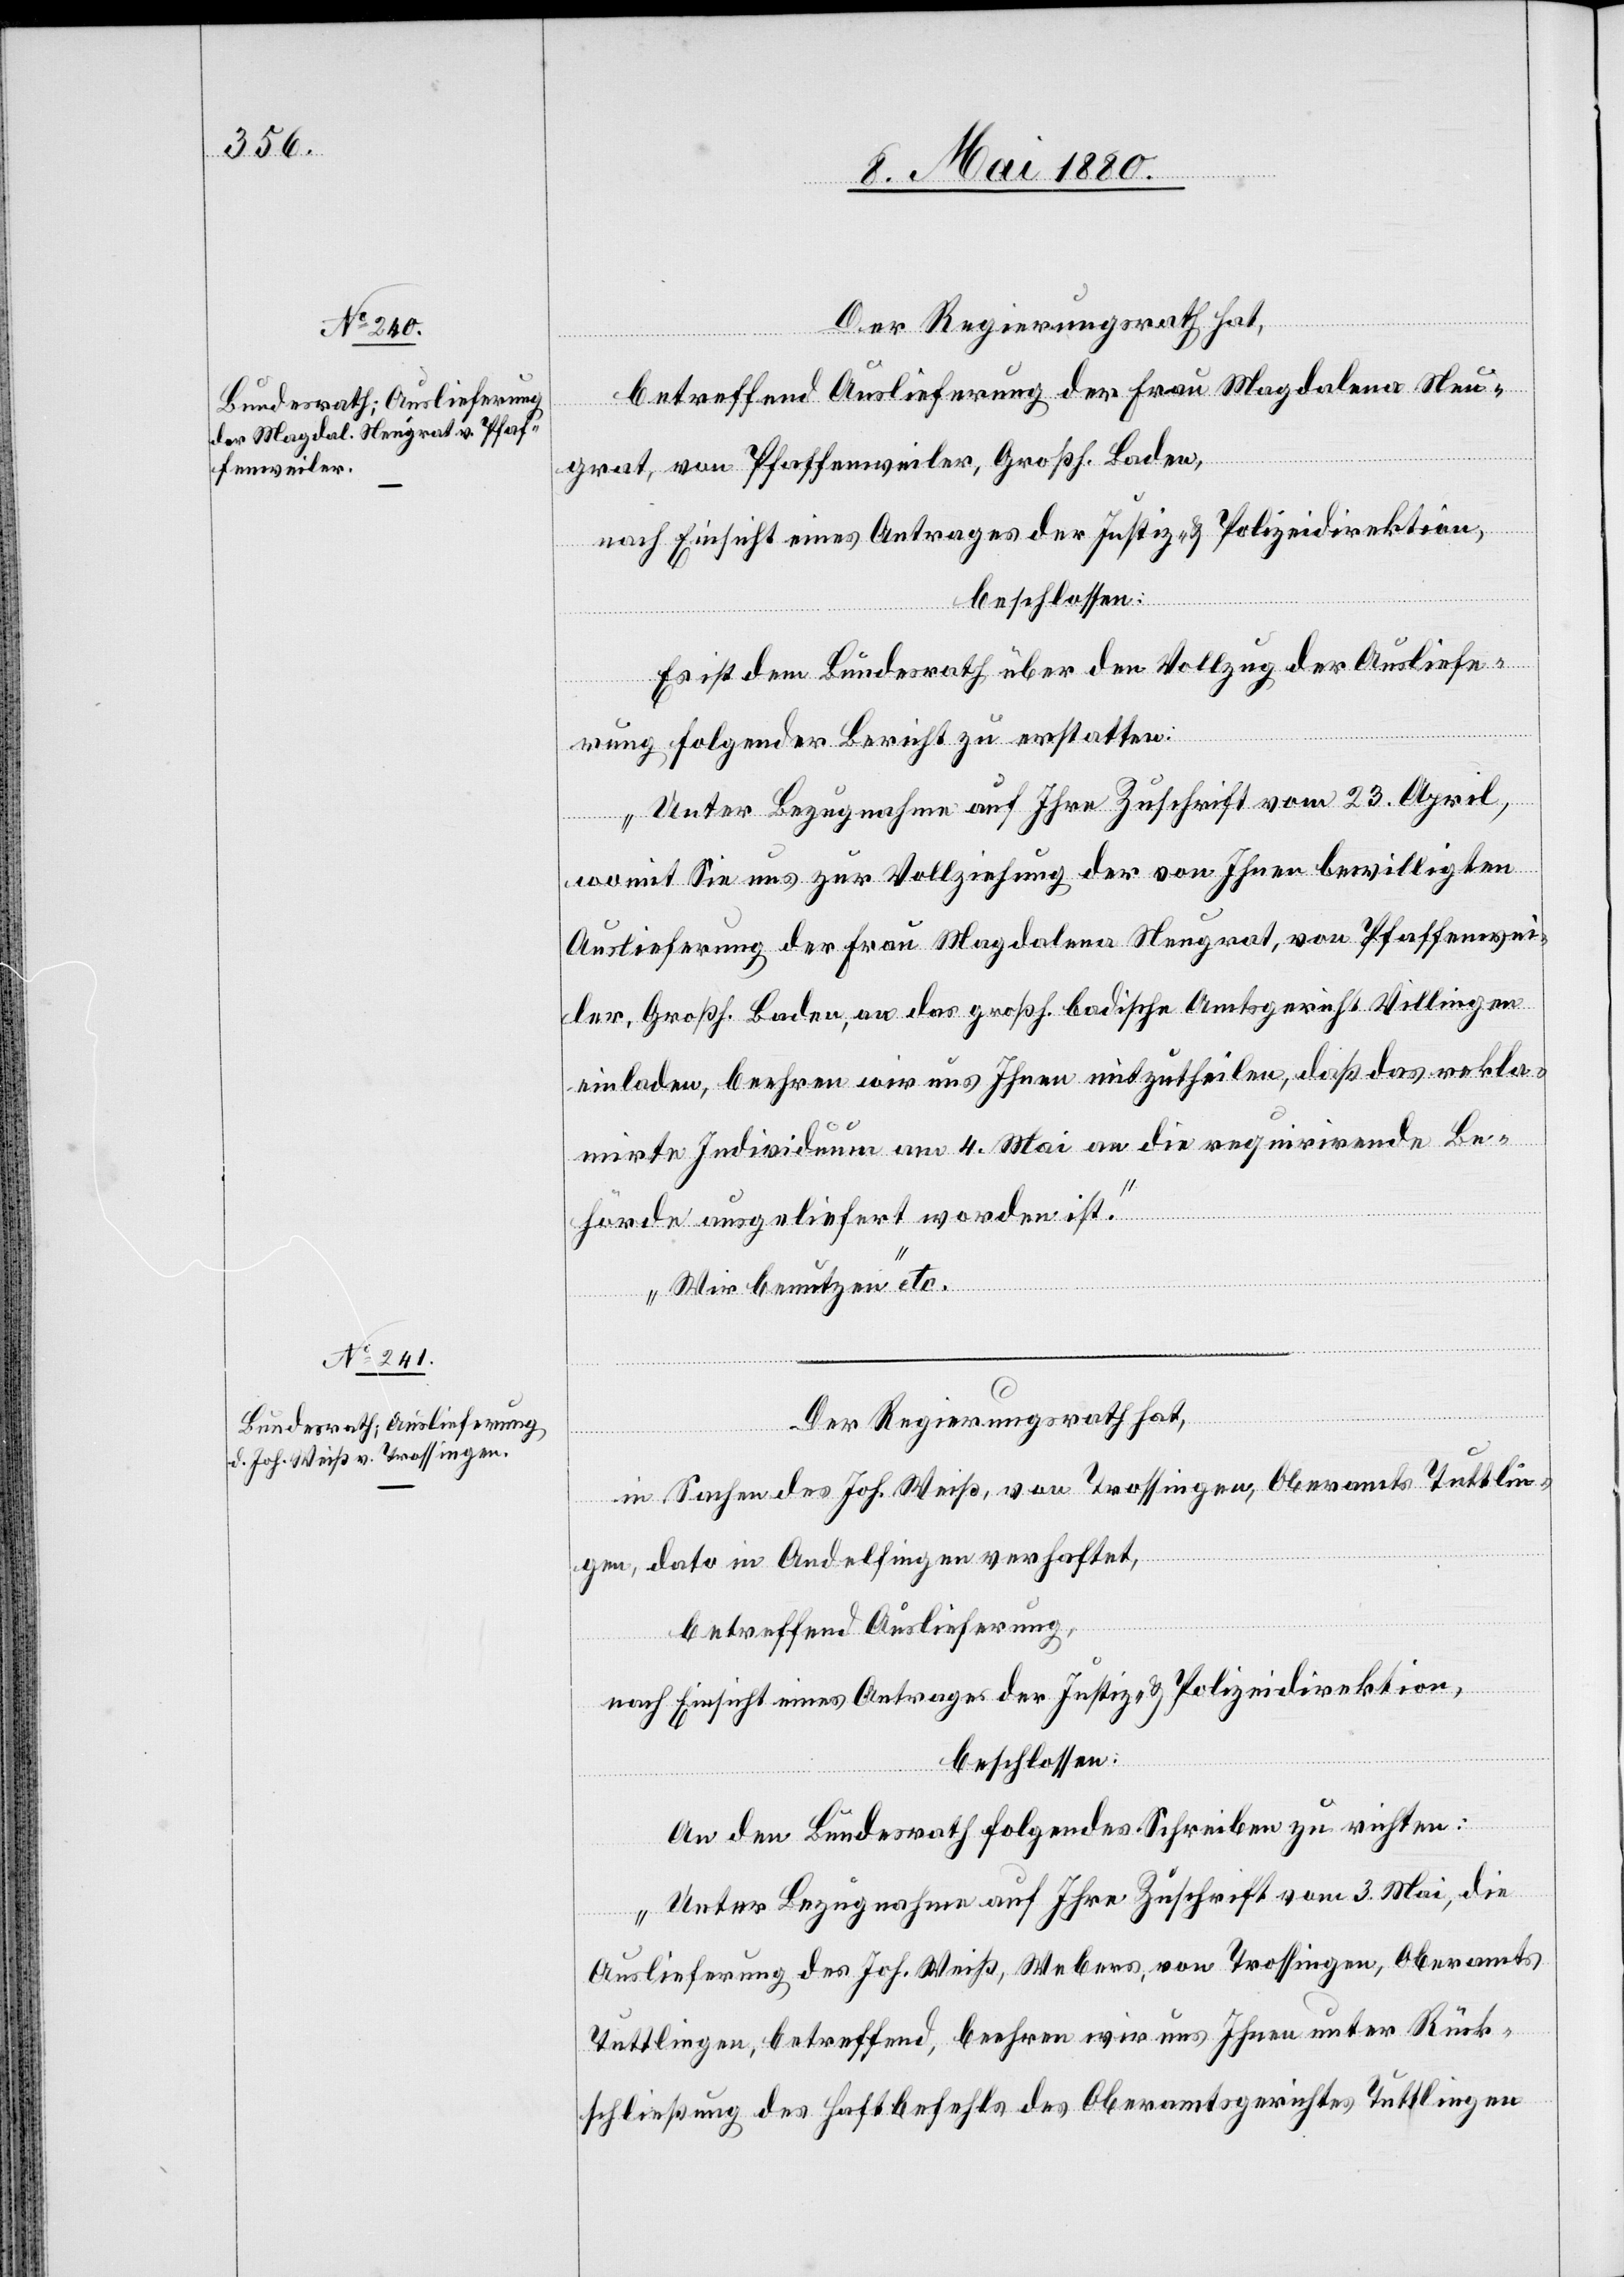
Der Regierungsrath hat,
betreffend Auslieferung der Frau Magdalena Neu¬
grat, von Pfaffenweiler, Großh. Baden,
nach Einsicht eines Antrages der Justiz- & Polizeidirektion,
beschlossen:
Es ist dem Bundesrath über den Vollzug der Ausliefe¬
rung folgender Bericht zu erstatten:
„Unter Bezugnahme auf Ihre Zuschrift vom 23. April,
womit Sie uns zur Vollziehung der von Ihnen bewilligten
Auslieferung der Frau Magdalena Neugrat, von Pfaffenwei¬
ler, Großh. Baden, an das großh. badische Amtsgericht Villingen
einladen, beehren wir uns Ihnen mitzutheilen, daß das rekla¬
mirte Individuum am 4. Mai an die requirirende Be¬
hörde ausgeliefert worden ist.
Wir benutzen“ etc.
Der Regierungsrath hat,
in Sachen des Joh. Weiß, von Trossingen, Oberamts Tuttlin¬
gen, dato in Andelfingen verhaftet,
betreffend Auslieferung,
nach Einsicht eines Antrages der Justiz- & Polizeidirektion,
beschlossen:
An den Bundsrath folgendes Schreiben zu richten:
„Unter Bezugnahme auf Ihre Zuschrift vom 3. Mai, die
Auslieferung des Joh. Weiß, Webers, von Trossingen, Oberamts
Tuttlingen, betreffend, beehren wir uns Ihnen unter Rück¬
schließung des Haftbefehls des Oberamtsgerichtes Tuttlingen